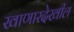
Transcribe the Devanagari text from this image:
खाणारदेखील